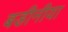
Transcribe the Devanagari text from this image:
बडीनीया